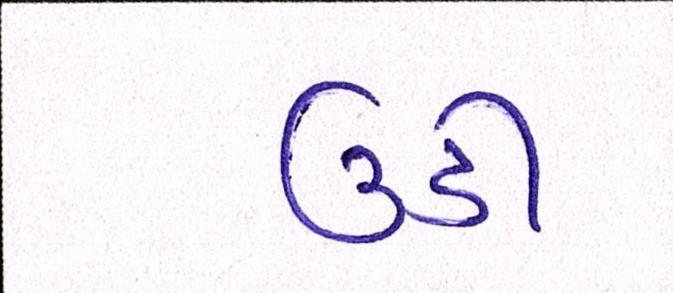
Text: ઉડી